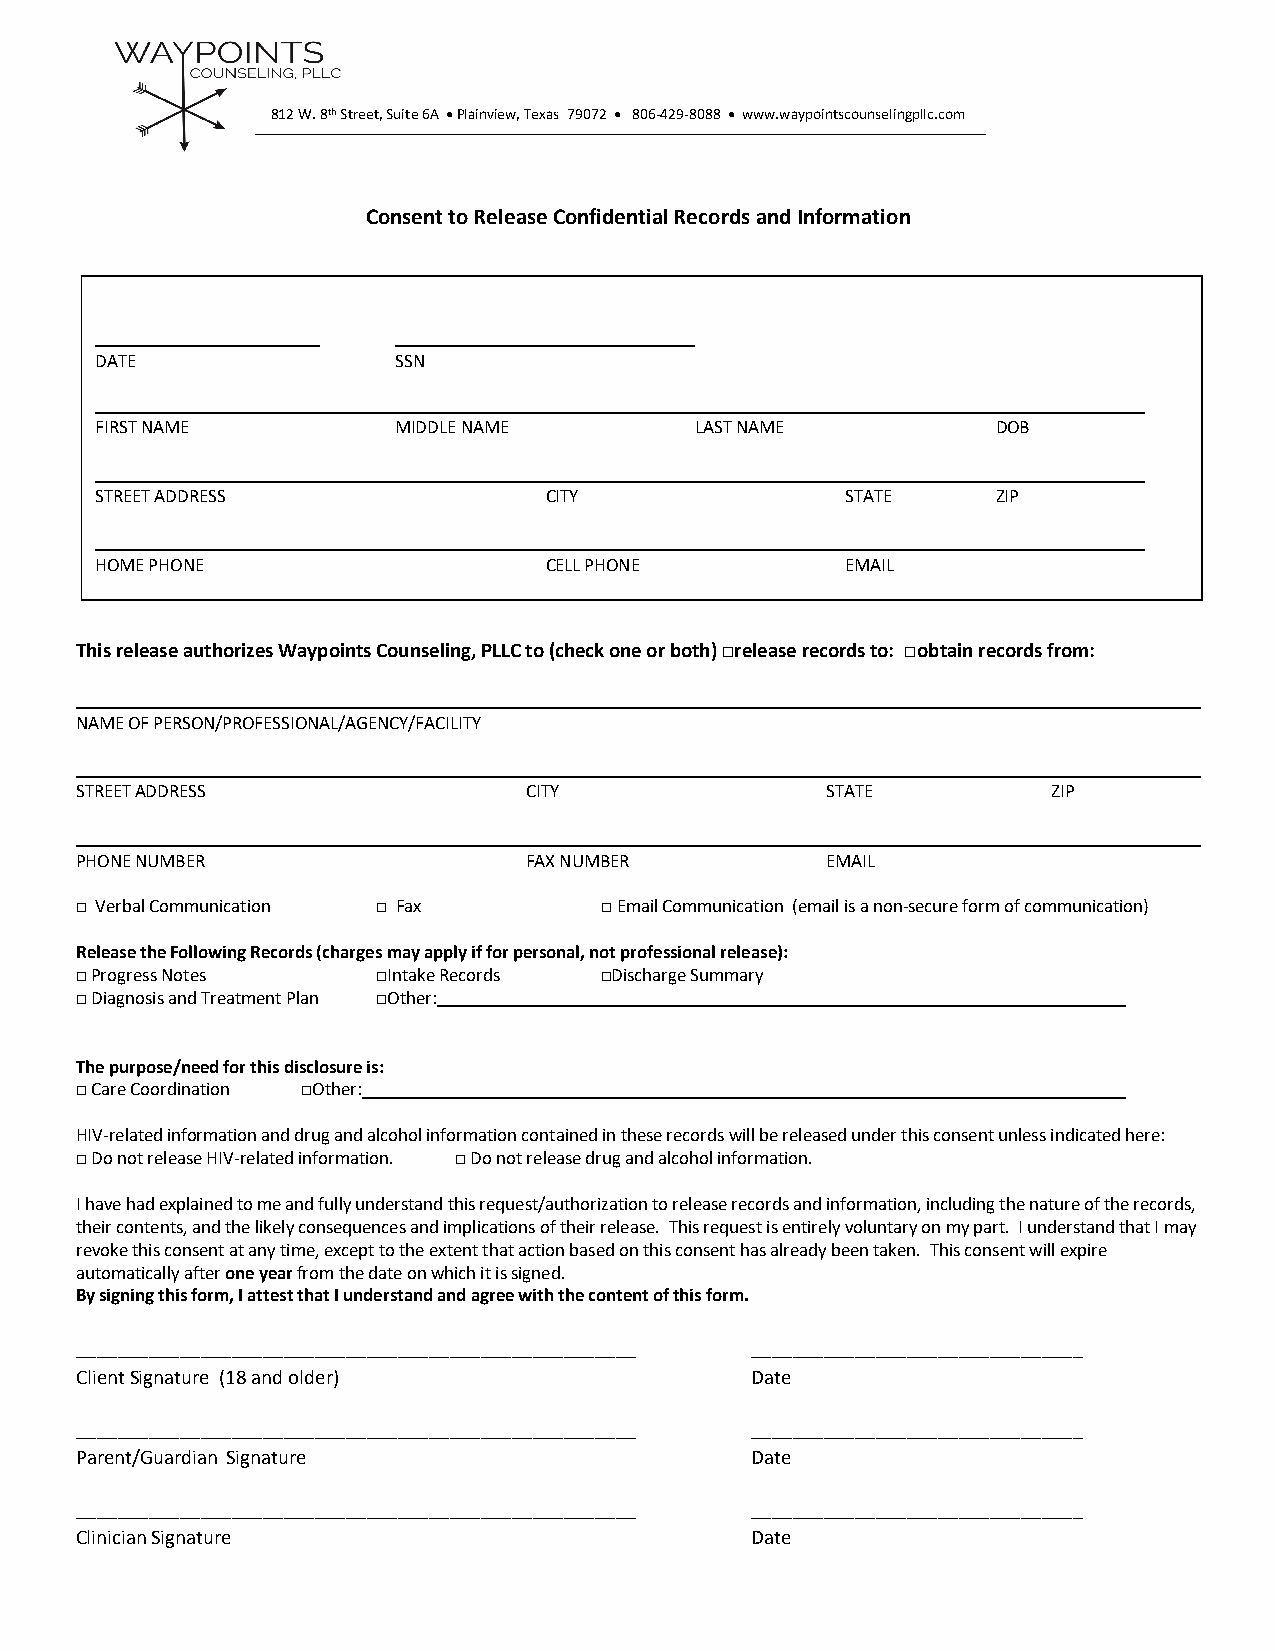
812 W. 8th Street, Suite 6A • Plainview, Texas 79072 • 806-429-8088 • www.waypointscounselingpllc.com
 Consent to Release ConfidPe ntial Records and Information
 DATE                SSN
 FIRST NAME          MIDDLE NAME         LAST NAME           DOB
 STREET ADDRESS                CITY                STATE     ZIP
 HOME PHONE                    CELL PHONE          EMAIL
 This release authorizes Waypoints Counseling, PLLC to (check one or both) □release records to: □obtain records from:
 NAME OF PERSON/PROFESSIONAL/AGENCY/FACILITY
 STREET ADDRESS                CITY                STATE          ZIP
 PHONE NUMBER                  FAX NUMBER          EMAIL
 □ Verbal Communication □ Fax       □ Email Communication (email is a non-secure form of communication)
 Release the Following Records (charges may apply if for personal, not professional release):
 □ Progress Notes    □Intake Records □Discharge Summary
 □ Diagnosis and Treatment Plan □Other:
 The purpose/need for this disclosure is:
 □ Care Coordination □Other:
 HIV-related information and drug and alcohol information contained in these records will be released under this consent unless indicated here:
 □ Do not release HIV-related information. □ Do not release drug and alcohol information.
 I have had explained to me and fully understand this request/authorization to release records and information, including the nature of the records,
 their contents, and the likely consequences and implications of their release. This request is entirely voluntary on my part. I understand that I may
 revoke this consent at any time, except to the extent that action based on this consent has already been taken. This consent will expire
 automatically after one year from the date on which it is signed.
 By signing this form, I attest that I understand and agree with the content of this form.
 ______________________________________________________ ________________________________
 Client Signature (18 and older)              Date
 ______________________________________________________ ________________________________
 Parent/Guardian Signature                    Date
 ______________________________________________________ ________________________________
 Clinician Signature                          Date